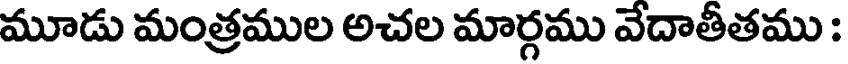
మూడు మంత్రముల అచల మార్గము వేదాతీతము :